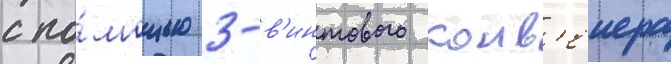
с по́мощью 3-в'интового конв'еиера